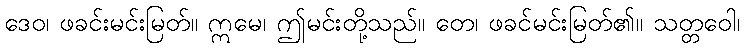
ဒေဝ၊ ဖခင်းမင်းမြတ်။ ဣမေ၊ ဤမင်းတို့သည်။ တေ၊ ဖခင်မင်းမြတ်၏။ သတ္တဝေါ၊